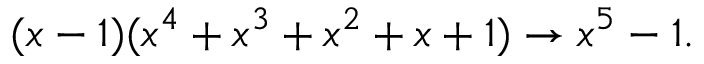
( x - 1 ) ( x ^ { 4 } + x ^ { 3 } + x ^ { 2 } + x + 1 ) \rightarrow x ^ { 5 } - 1 .